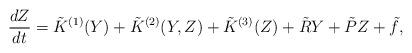
LaTeX: \begin{align*} \frac{dZ}{dt}= \tilde { K}^{(1)} (Y) + \tilde{ K}^{(2)} (Y, Z) + \tilde { K}^{(3)} (Z) + \tilde { R} Y + \tilde { P} Z + \tilde f,\end{align*}